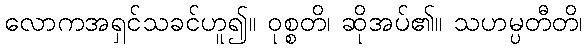
လောကအရှင်သခင်ဟူ၍။ ဝုစ္စတိ၊ ဆိုအပ်၏။ သဟမ္ပတီတိ၊